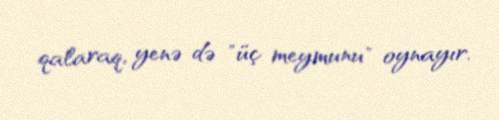
qalaraq, yenə də "üç meymunu" oynayır.